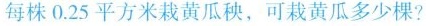
每株0.25平方米栽黄瓜秧，可栽黄瓜多少棵?